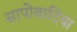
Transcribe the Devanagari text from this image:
सापोवादिया